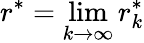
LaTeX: r^{\ast}=\operatorname*{lim}_{k\to\infty}r_{k}^{\ast}